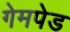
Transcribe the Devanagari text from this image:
गेमपेड